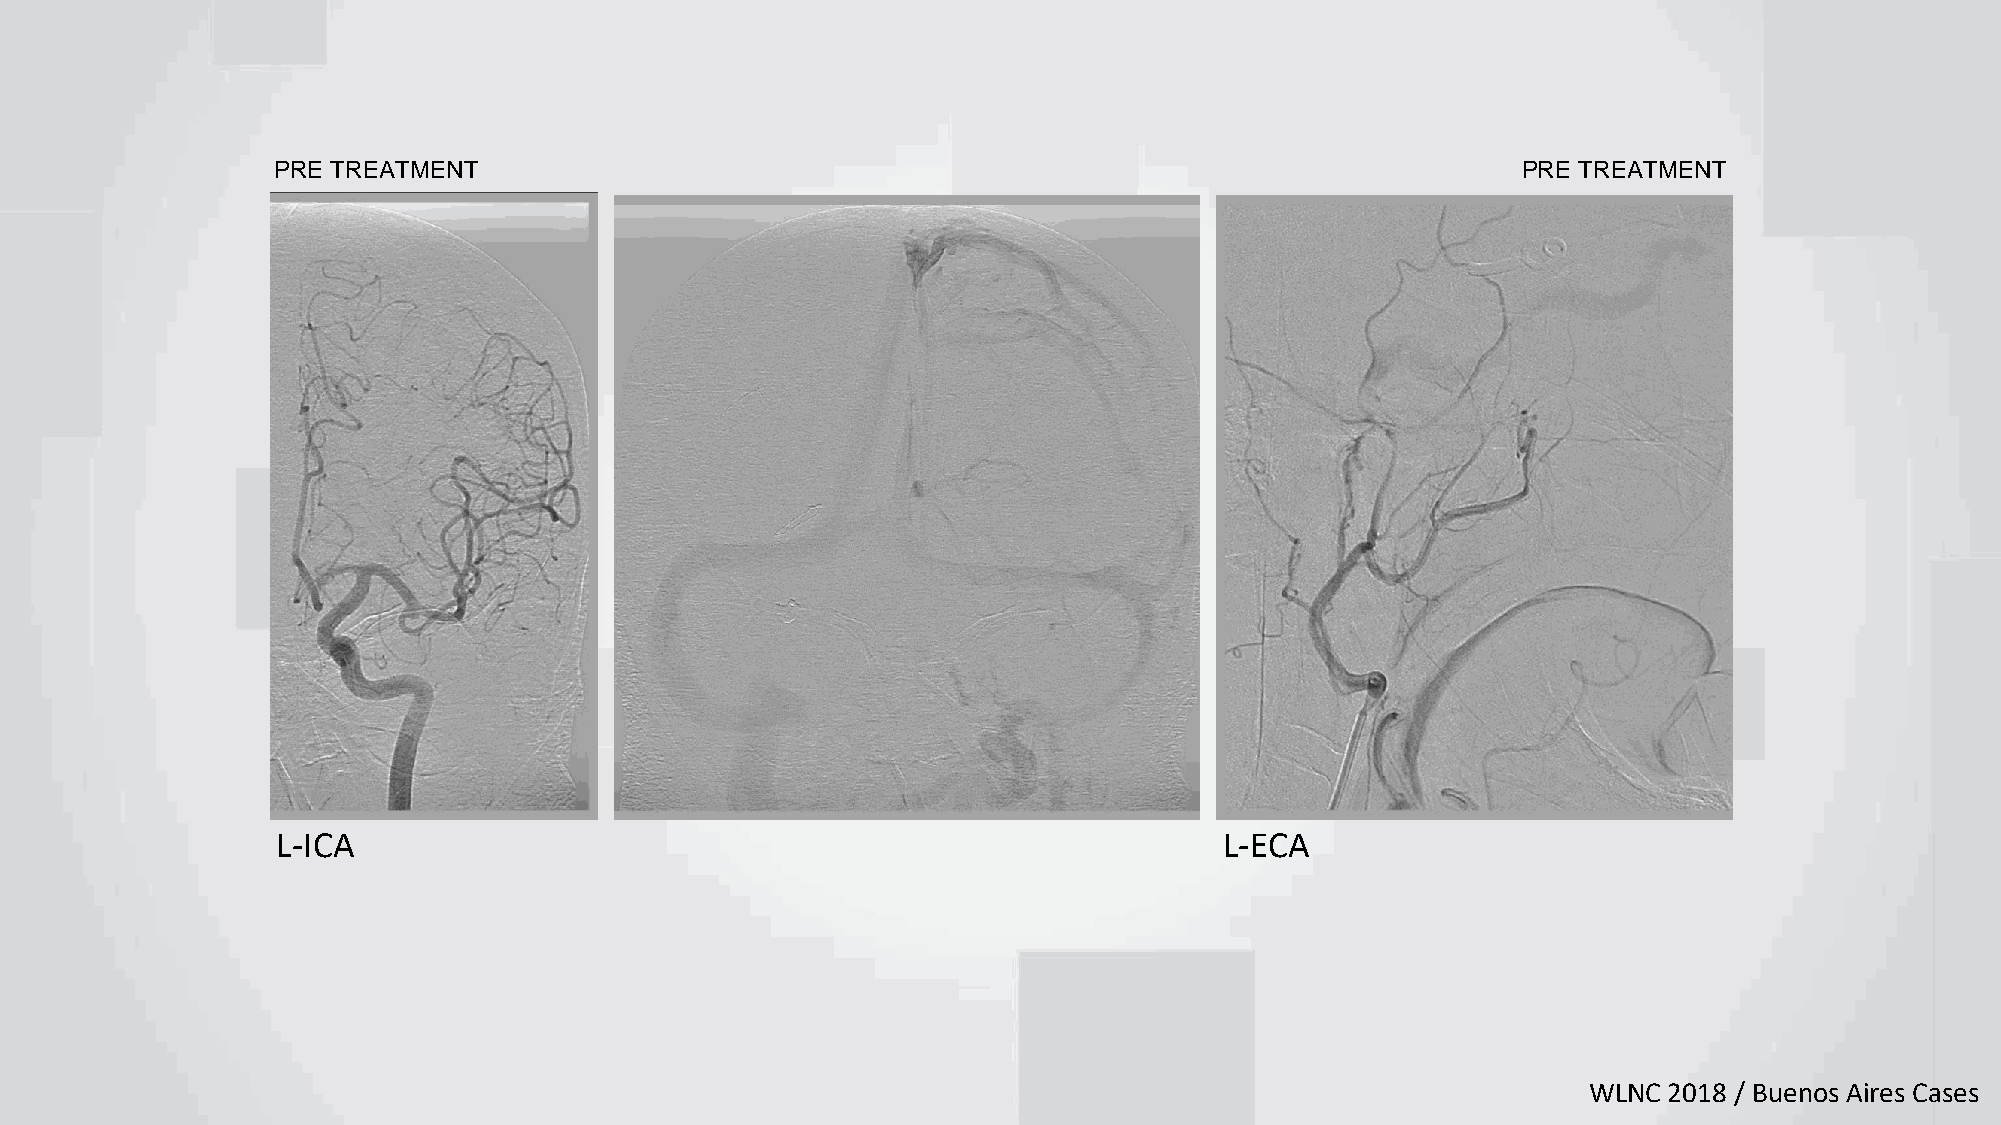
PRE TREATMENT                                                                      PRE TREATMENT
 L-ICA                                                          L-ECA
 WLNC 2018 / Buenos Aires Cases